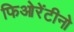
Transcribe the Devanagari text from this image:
फिओरेंटीनो